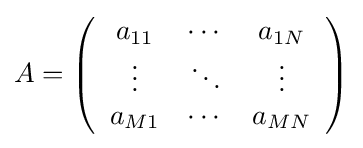
A=\left({\begin{array}{*{20}{c}}a_{11}&\cdots &a_{1N}\\\vdots &\ddots &\vdots \\a_{M1}&\cdots &a_{MN}\end{array}}\right)